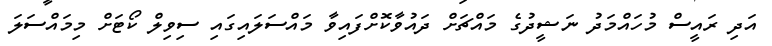
އަދި ރައީސް މުހައްމަދު ނަޝީދުގެ މައްޗަށް ދައުވާކޮށްފައިވާ މައްސަލައިގައި ސިވިލް ކޯޓަށް މިމައްސަލަ